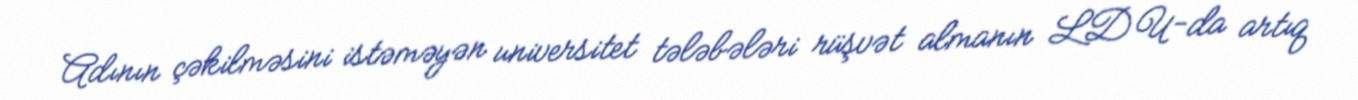
Adının çəkilməsini istəməyən universitet tələbələri rüşvət almanın LDU-da artıq